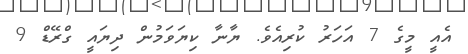
އެއީ މީގެ 7 އަހަރު ކުރިއެވެ. ޔާނާ ކިޔަވަމުން ދިޔައީ ގްރޭޑް 9